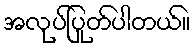
အလုုပ်ပြုတ်ပါတယ်။